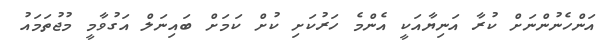
އަންހެނުންނަށް ކުރާ އަނިޔާއަކީ އެންމެ ހަރުކަށި ކުށް ކަމަށް ބައިނަލް އަގުވާމީ މުޖުތަމައު